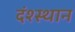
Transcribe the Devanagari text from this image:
दंश्स्थान